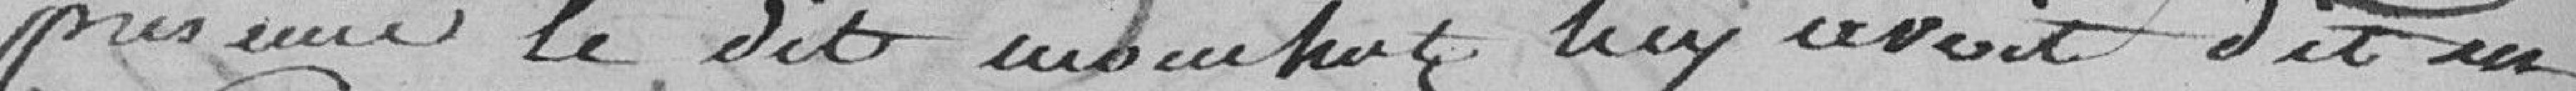
présence le dit Mouchot luy avoit dit en